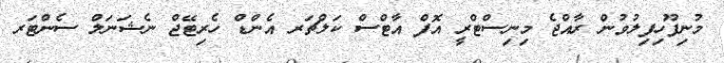
މުނިފޫހިފިލުވުން ރާއްޖެ މިނިސްޓްރީ އޮފް އާޓްސް ކަލްޗަރ އެންޑް ހެރިޓޭޖް ނެޝަނަލް ސެންޓަރ